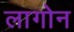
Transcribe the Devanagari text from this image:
लागोन